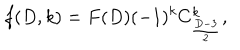
f ( D , k ) = F ( D ) ( - 1 ) ^ { k } C _ { \frac { D - 3 } { 2 } } ^ { k } ,